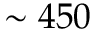
\sim 4 5 0